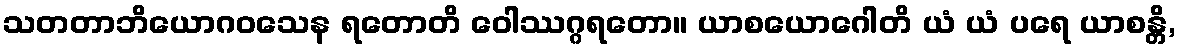
သတတာဘိယောဂဝသေန ရတောတိ ဝေါဿဂ္ဂရတော။ ယာစယောဂေါတိ ယံ ယံ ပရေ ယာစန္တိ,